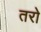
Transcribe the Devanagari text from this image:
तरो